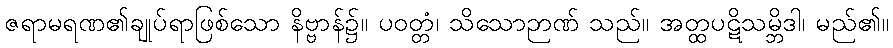
ဇရာမရဏ၏ချုပ်ရာဖြစ်သော နိဗ္ဗာန်၌။ ပဝတ္တံ၊ သိသောဉာဏ် သည်။ အတ္ထပဋိသမ္ဘိဒါ၊ မည်၏။